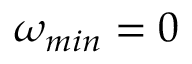
\omega _ { m i n } = 0